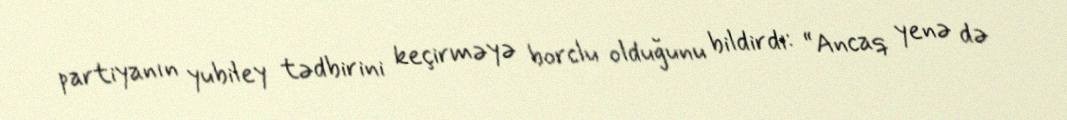
partiyanın yubiley tədbirini keçirməyə borclu olduğunu bildirdi: “Ancaq yenə də